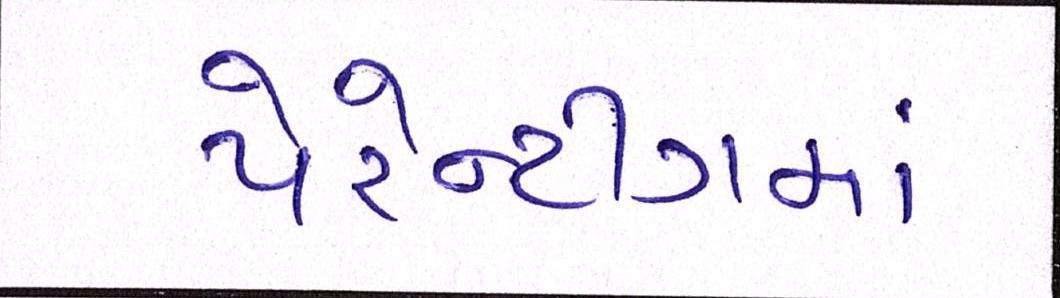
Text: પેરેન્ટીંગમાં